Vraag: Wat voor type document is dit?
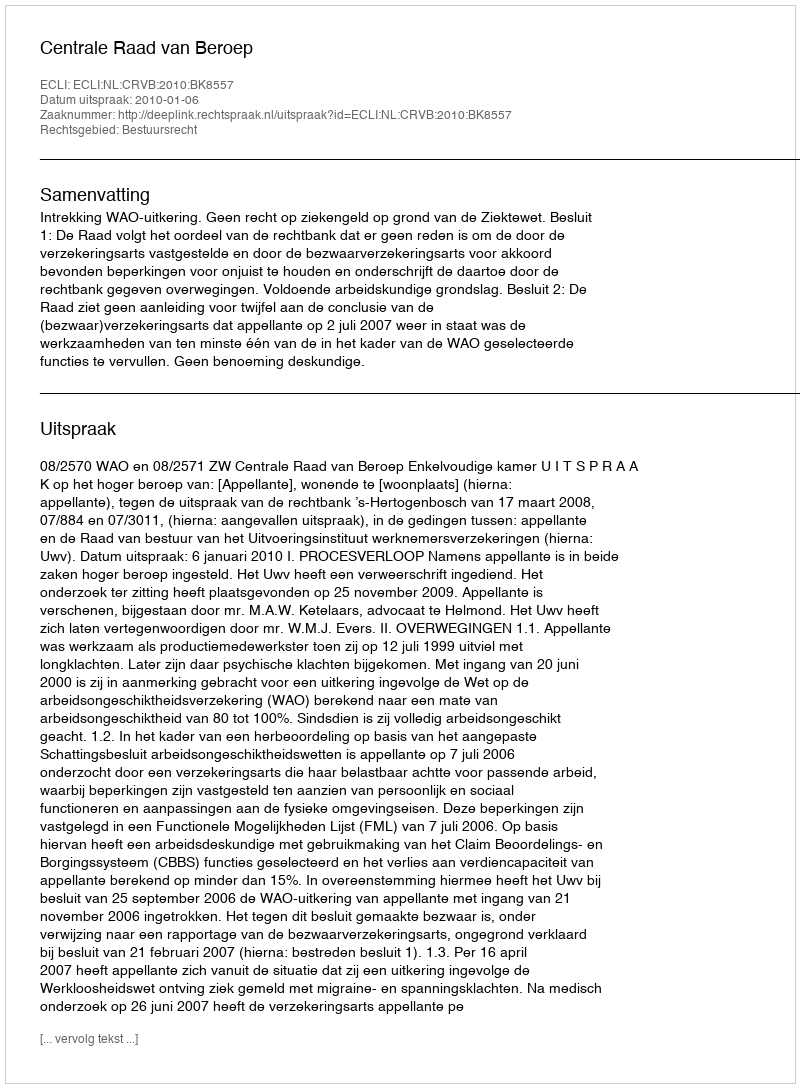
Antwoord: Uitspraak